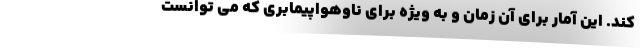
کند. این آمار برای آن زمان و به ویژه برای ناوهواپیمابری که می توانست